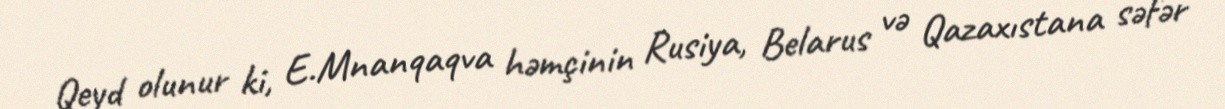
Qeyd olunur ki, E.Mnanqaqva həmçinin Rusiya, Belarus və Qazaxıstana səfər